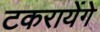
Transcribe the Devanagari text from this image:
टकरायेंगे